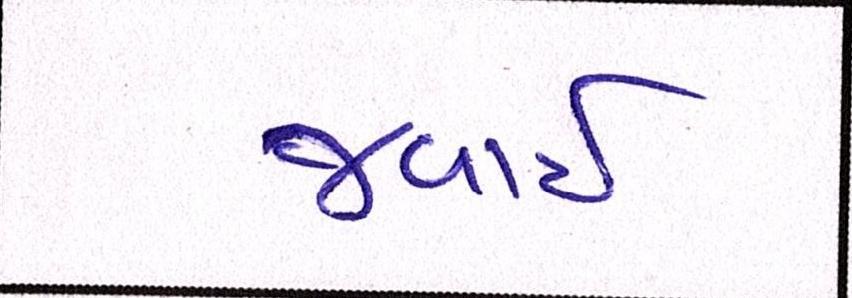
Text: જવાઇ